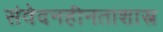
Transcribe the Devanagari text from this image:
संवेदनहीनताशास्त्र